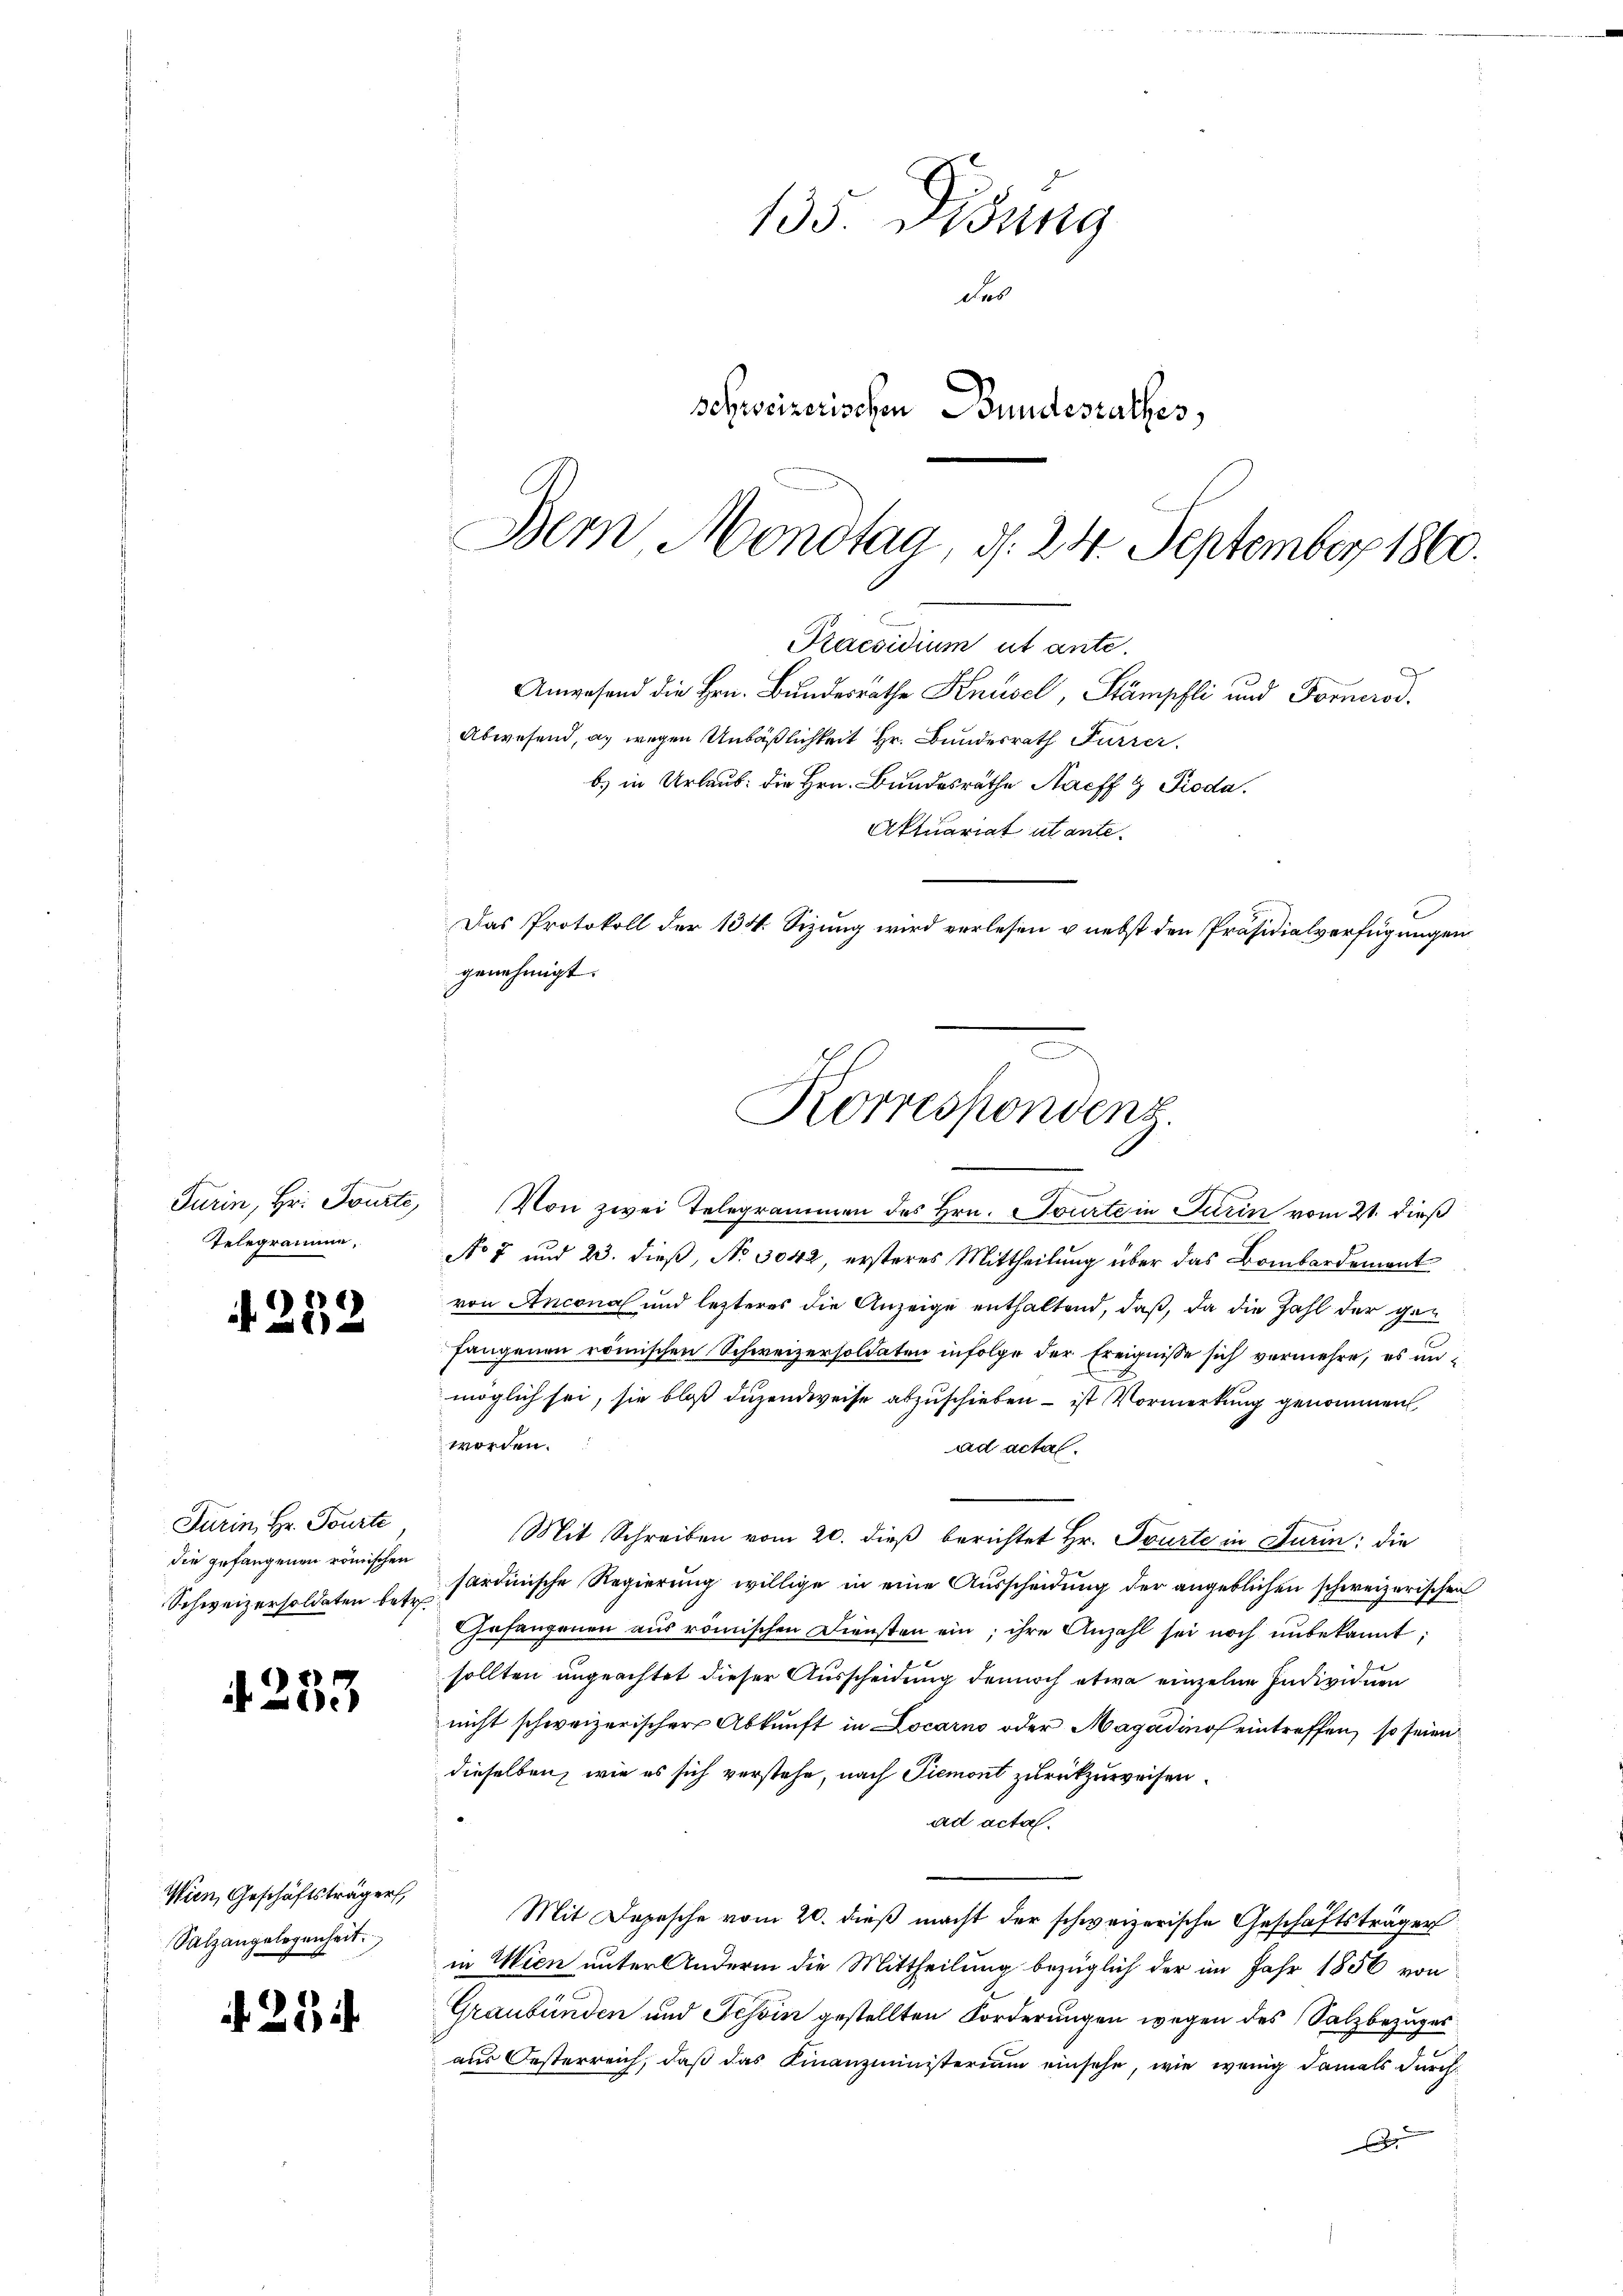
Turin, Hr. Tourte,
Telegramme,

a

6

8

Turin, Hr. Tourte
die gefangenen römischen
Schweizersoldaten betr.

35.

Wien, Geschäftsträger,
Salzangelegenheit.

3

135. Disung
das
schweizerischen Bundesrathes,
Dem Monotag, d. 24. Septemberg 1860.

b) in Urlaub. die Hrn. Bundesräthe Nacff 9 Pioda.
Aktuariat utante.
Das Protokoll der 134. Sizung wird verlesen u. nebst den Präsidialverfügungen
genehmigt.

Praesidium ut ante.
Anwesend die Hrn. Bundesrathe Knüsel, Stämpfli und Fornerod
Abwesend, a. wegen Unbäßlichkeit Hr. Bundesrath Furrer.

Korrespondenz

Von zwei Telegrammen des Hrn. Tourte in Turin vom 21. dieß
No 7 und 23. dieß, No 3042, ersteres Mittheilung über das Bombardement
von Anconal und lezteres die Anzeige enthaltend, daß, da die Zahl der gefangenen römischen Schweizersoldaten infolge der Ereignisse sich vermehre, es mi
möglich sei, sie bloß duzendweise abzuschieben – ist Vormerkung genommen,
worden.
ad actas.
Mit Schreiben vom 20. dieß berichtet Hr. Tourte in Turin; die
sardinische Regierung willige in eine Ausscheidung der angeblichen schweizerischen
Gefangenen aus römischen Diensten ein; ihre Anzahl sei noch unbekannt:
sollten ungeachtet dieser Ausscheidung dennoch etwa einzelne Individuen
nicht schweizerischer Abkunft in Locarno oder Magadinos eintreffen, so seien
dieselben, wie es sich verstehe, nach Piemont zurückzuweisen.
ad acta.
Mit Depesche vom 20. dieß macht der schweizerische Geschäftsträger
in Wien unter Andern die Mittheilung bezüglich der im Jahr 1856 von
Graubünden und Tessin gestellten Forderungen wegen des Salzbezuges
aus Oesterreich, daβ das Finanzministerium einsehe, wie wenig damals durch
x